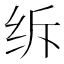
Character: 𦈈